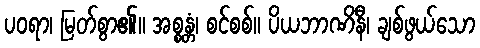
ပဝရာ၊ မြတ်စွာ၏။ အစ္စန္တံ၊ စင်စစ်။ ပိယဘာဏိနီ၊ ချစ်ဖွယ်သော